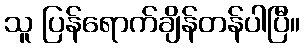
သူ ပြန်ရောက်ချိန်တန်ပါပြီ။